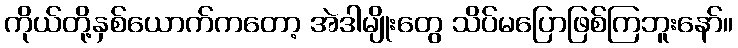
ကိုယ်တို့နှစ်ယောက်ကတော့ အဲဒါမျိုးတွေ သိပ်မပြောဖြစ်ကြဘူးနော်။